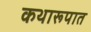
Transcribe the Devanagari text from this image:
कथारूपात